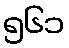
၅၆၁